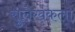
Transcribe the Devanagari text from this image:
सुलेखकला